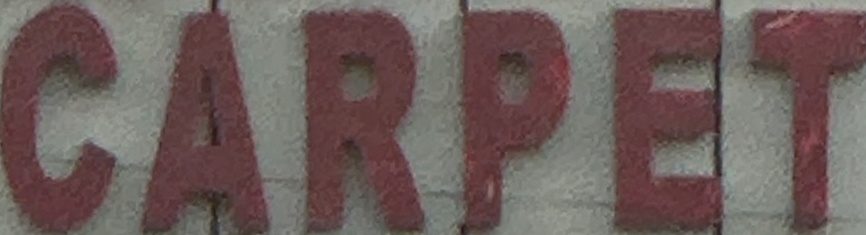
CARPET